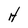
Character: H